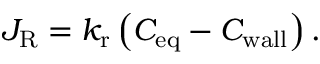
J _ { \mathrm { R } } = k _ { \mathrm { r } } \left( C _ { \mathrm { e q } } - C _ { \mathrm { w a l l } } \right) .